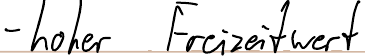
- hoher Freizeitwert